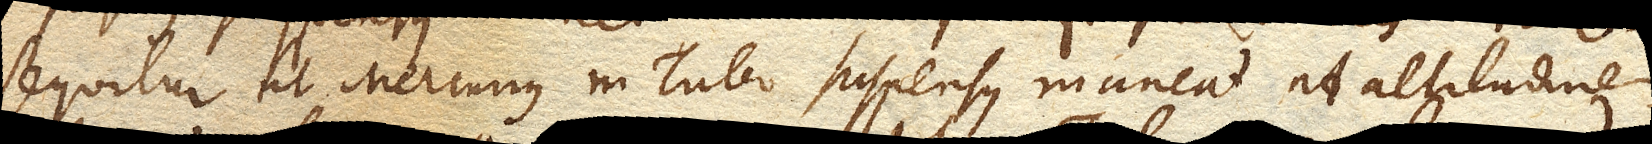
sequitur ut Mercurius in Tubo suspensus maneat ad altitudinem